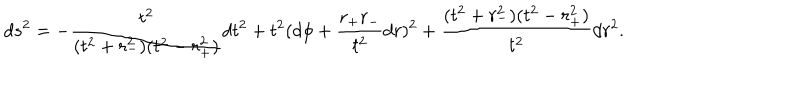
d s ^ { 2 } = - \frac { t ^ { 2 } } { ( t ^ { 2 } + r _ { - } ^ { 2 } ) ( t ^ { 2 } - r _ { + } ^ { 2 } ) } d t ^ { 2 } + t ^ { 2 } ( d \phi + \frac { r _ { + } r _ { - } } { t ^ { 2 } } d r ) ^ { 2 } + \frac { ( t ^ { 2 } + r _ { - } ^ { 2 } ) ( t ^ { 2 } - r _ { + } ^ { 2 } ) } { t ^ { 2 } } d r ^ { 2 } .